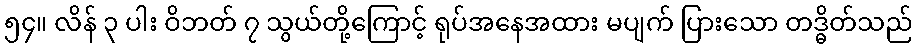
၅၄။ လိန် ၃ ပါး ဝိဘတ် ၇ သွယ်တို့ကြောင့် ရုပ်အနေအထား မပျက် ပြားသော တဒ္ဓိတ်သည်